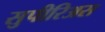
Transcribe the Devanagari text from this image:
सुपीरिअस